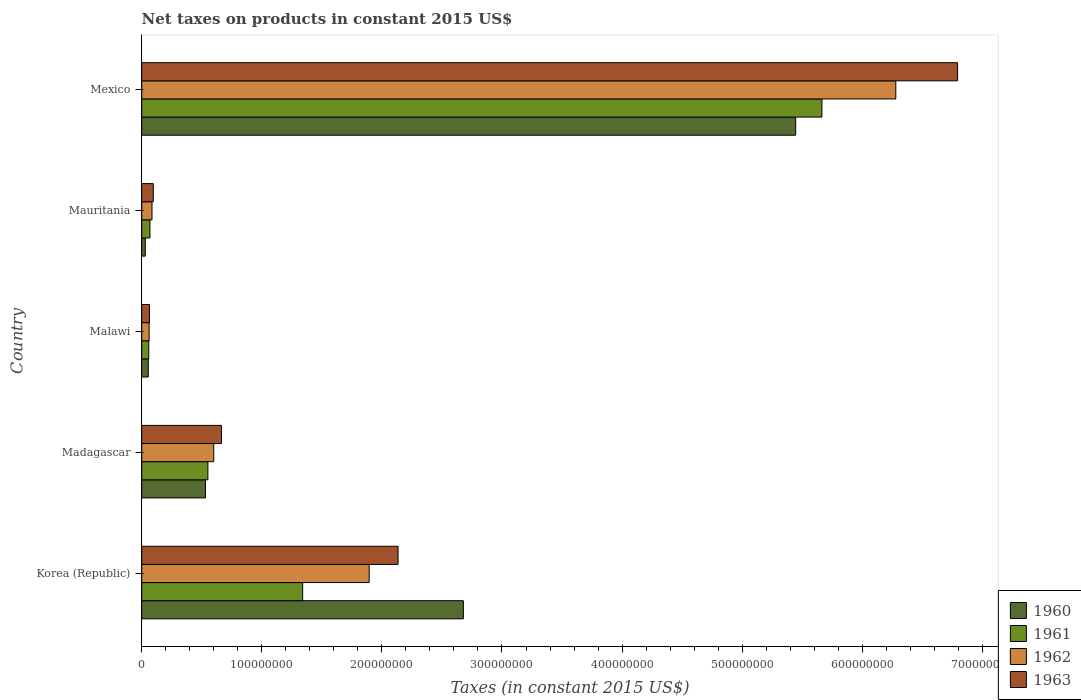
| Country | 1960 | 1961 | 1962 | 1963 |
 | --- | --- | --- | --- | --- |
 | Korea (Republic) | 2.68e+08 | 1.34e+08 | 1.89e+08 | 2.13e+08 |
 | Madagascar | 5.31e+07 | 5.51e+07 | 6e+07 | 6.64e+07 |
 | Malawi | 5.46e+06 | 5.88e+06 | 6.16e+06 | 6.44e+06 |
 | Mauritania | 3e+06 | 6.85e+06 | 8.56e+06 | 9.63e+06 |
 | Mexico | 5.45e+08 | 5.66e+08 | 6.28e+08 | 6.79e+08 |